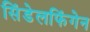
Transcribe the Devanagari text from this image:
सिंडेलफिंगेन